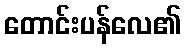
တောင်းပန်လေ၏